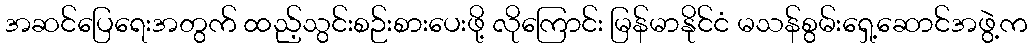
အဆင်ပြေရေးအတွက် ထည့်သွင်းစဉ်းစားပေးဖို့ လိုကြောင်း မြန်မာနိုင်ငံ မသန်စွမ်းရှေ့ဆောင်အဖွဲ့က